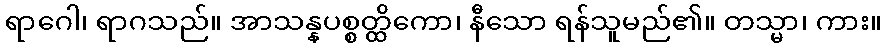
ရာဂေါ၊ ရာဂသည်။ အာသန္နပစ္စတ္ထိကော၊ နီသော ရန်သူမည်၏။ တသ္မာ၊ ကား။